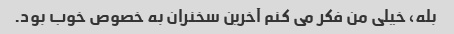
بله، خیلی من فکر می کنم آخرین سخنران به خصوص خوب بود.